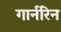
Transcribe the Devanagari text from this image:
गार्नरिन